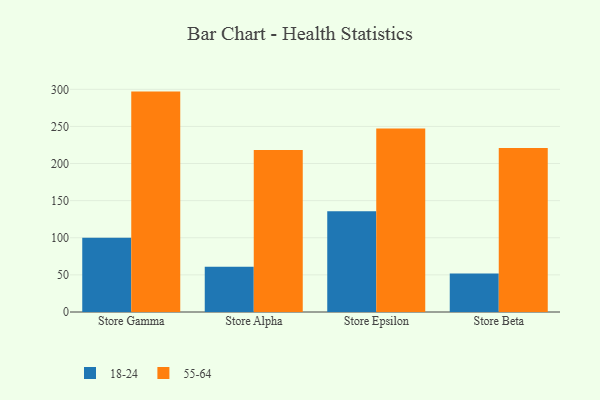
{"axis": {"x": "Store", "y": "Net Income (USD K)"}, "legend": ["18-24", "55-64"], "data": [{"x": "Store Gamma", "y": 99.9, "type": "18-24"}, {"x": "Store Gamma", "y": 296.9, "type": "55-64"}, {"x": "Store Alpha", "y": 61.0, "type": "18-24"}, {"x": "Store Alpha", "y": 218.1, "type": "55-64"}, {"x": "Store Epsilon", "y": 135.8, "type": "18-24"}, {"x": "Store Epsilon", "y": 247.3, "type": "55-64"}, {"x": "Store Beta", "y": 51.7, "type": "18-24"}, {"x": "Store Beta", "y": 221.0, "type": "55-64"}]}